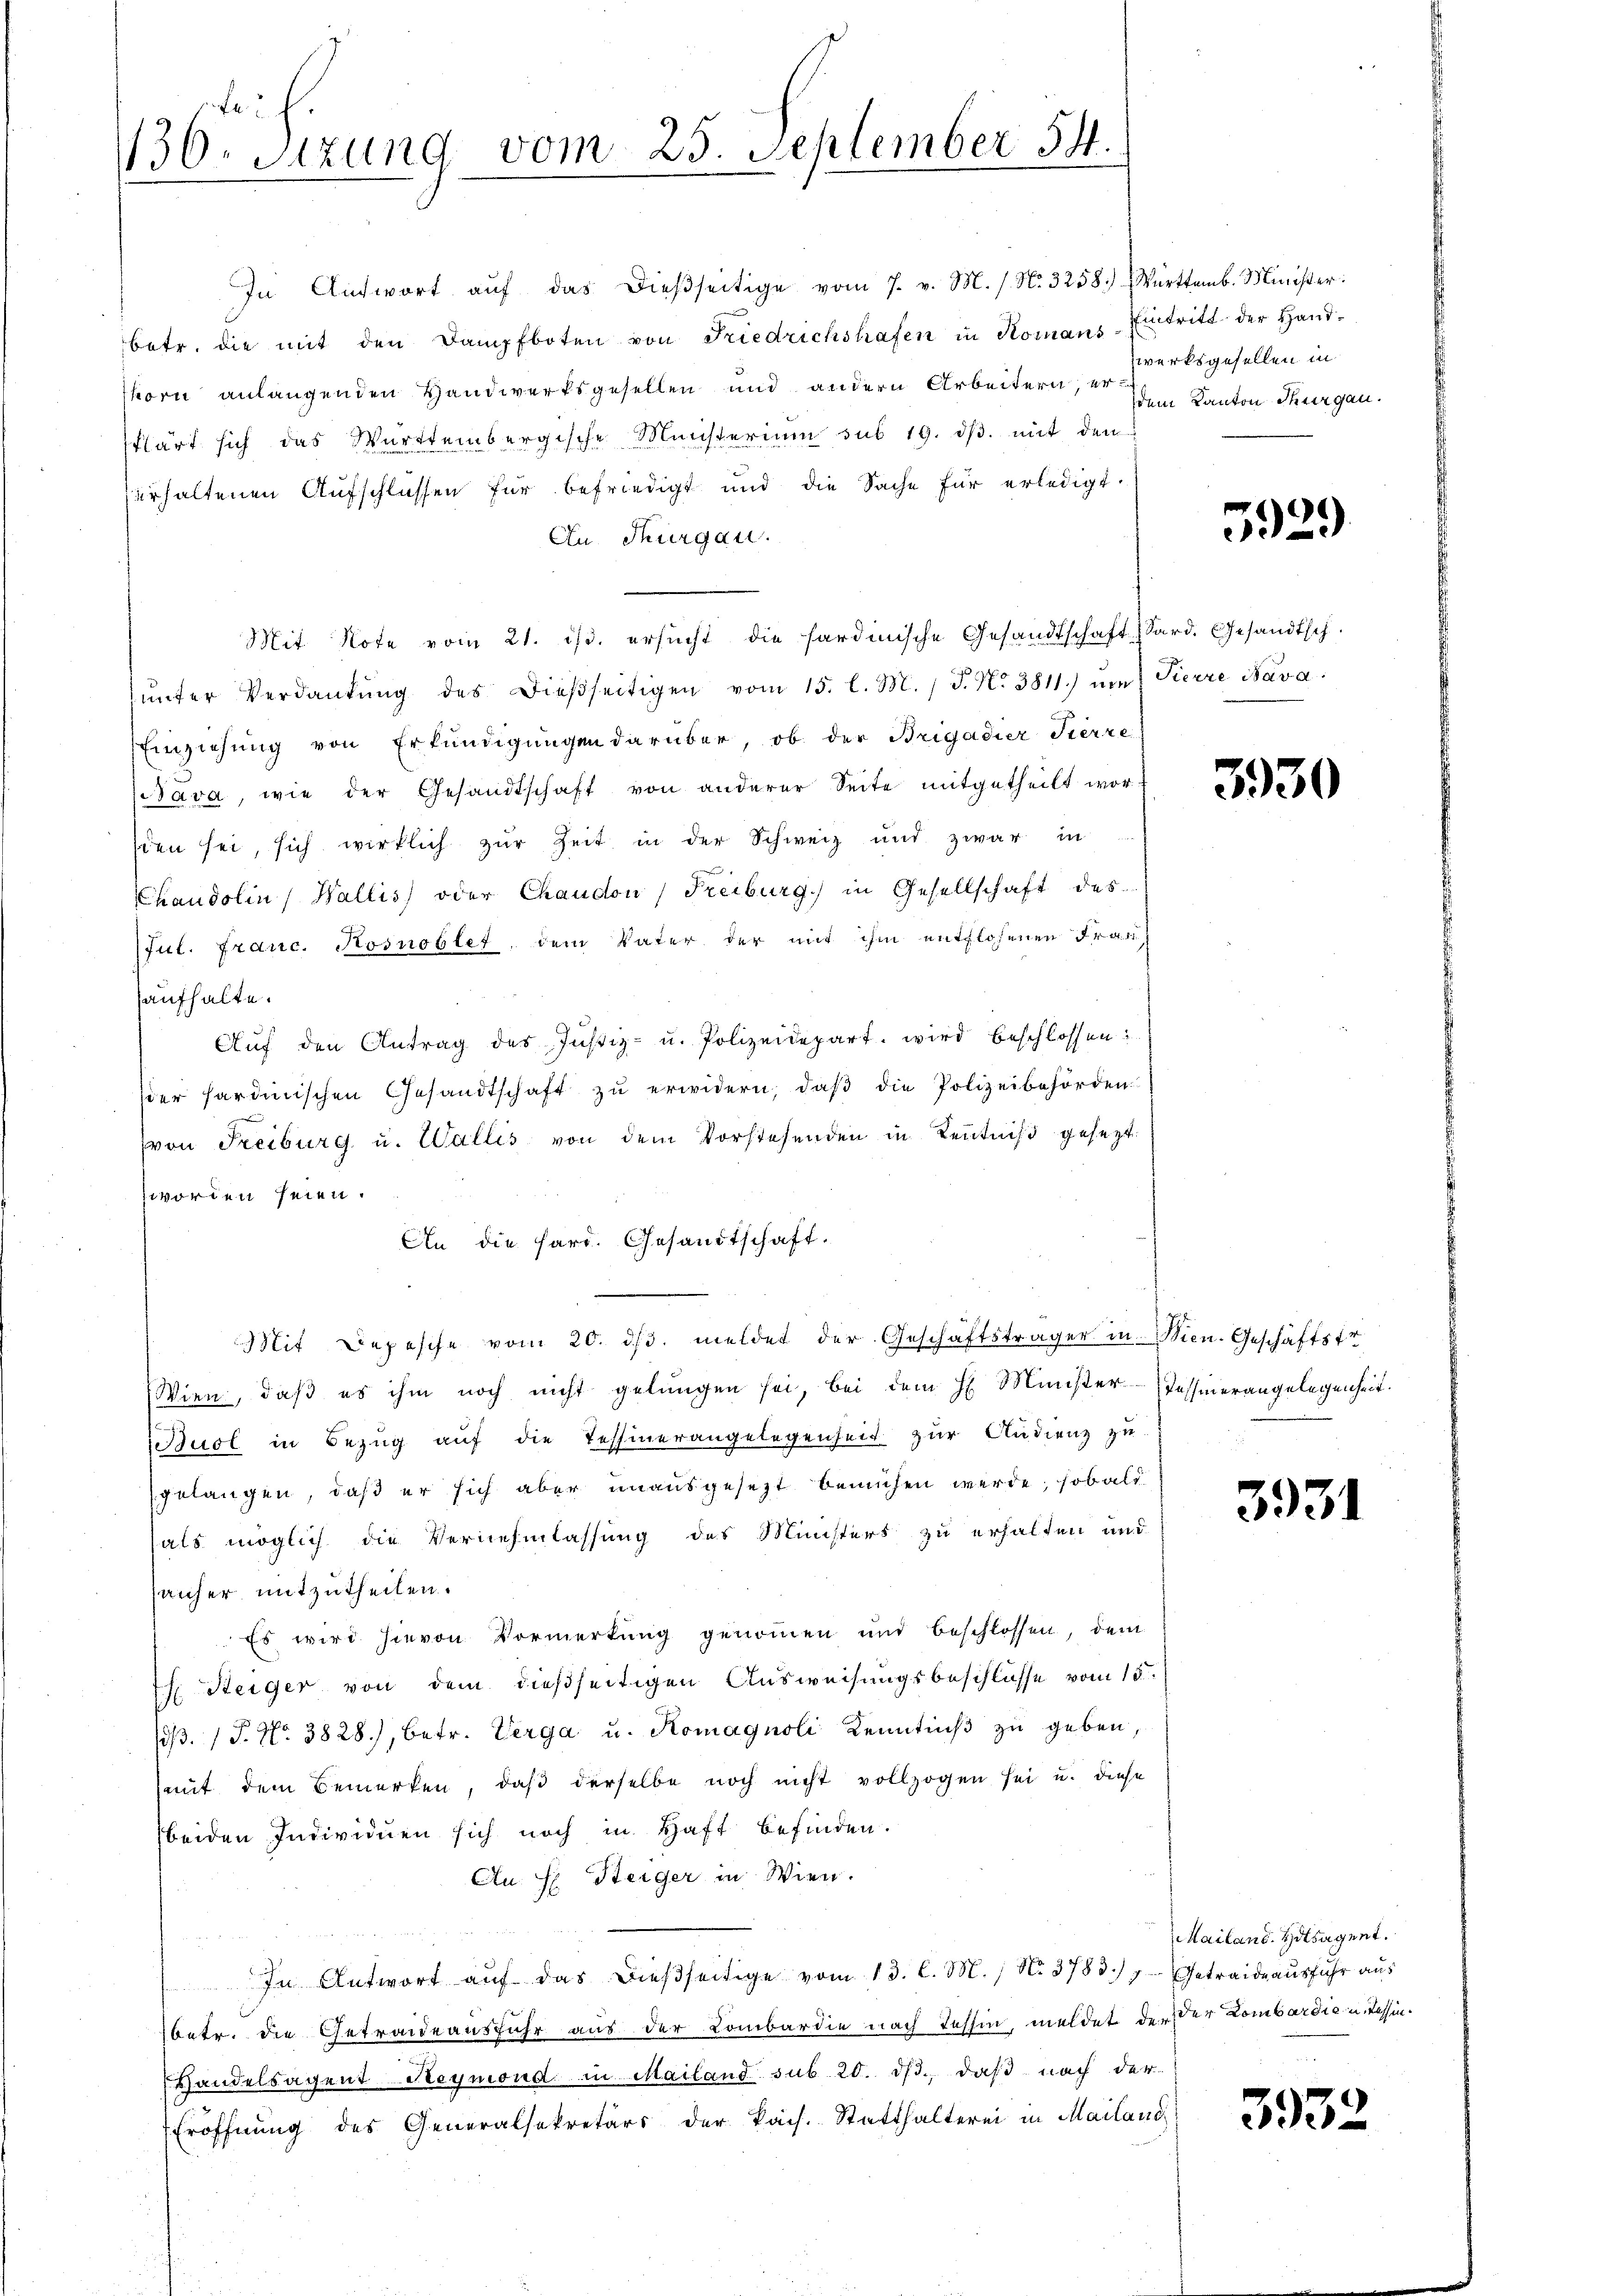
136. Sitzung vom 25. September 54.

betr. die mit den Dampfboten von Friedrichshafen in Komans-Eintritt der Hand-
shorn anlangenden Handwerksgesellen und andern Arbeitern, er dem Kanton Thurgau
klärt sich das Württembergische Ministerium sub 19. dβ. mit den
erhaltenen Aufschlüssen für befriedigt und die Sache für erledigt.
Au. Thurgau.
Mit Note vom 21. ist. ersŭcht die sardinische Gesandtschaft Sard. Gesandtsch.
ŭnter Verdankŭng des dieβseitigen vom 15. l. M. / J. N. 3811. ŭm Pierre Nava
Einziehung von Erkundigungen darüber, ob der Brigadier Tierre
Bava, wie der Gesandtschaft von anderer Seite mitgetheilt worsien sei, sich wirklich zŭr Zeit in der Schweiz und zwar in
Chandolin (Wallis, oder Chaudon) Freiburg) in Gesellschaft des
Jul. Franc. Hosnoblet, dem Vater der mit ihm entflohenen Frau,
aufhalte.
Aŭf den Antrag des Justiz- u. Polizeidepart wird beschlossen:
der sardinischen Gesandtschaft zŭ erwidern, daβ die Polizeibehörden
von Freiburg u. Wallis von dem Vorstehenden in Kenntniß gesezt.
worden seien.
An die fard. Gesandtschaft.
Mit Depesche vom 20. dβ. meldet der Geschäftsträger in Wien. Geschäftstr
Wien, daß es ihm noch nicht gelangen sei, bei dem H. Münster Tessinerangelegenheit.
uol in Bezug auf die Tessinerangelegenheit zur Audienz zu
gelangen, daß er sich aber unausgesezt bemühen werde, sobald
hals möglich die Vernehmlassung des Ministers zu erhalten und
anher mitzutheilen.
Es wird hievon Vormerkung genommen und beschlossen, dem
h. Steiger von dem dießseitigen Ausweisungsbeschlüsse vom 15.
oβ. (T. No. 3828), betr. Verga u. Komagnoli Kenntniß zu geben,
mit dem Bemerken, daß derselbe noch nicht vollzogen sei u. diese
beiden Individuen sich noch in Haft befinden.
An H. Steiger in Wien.
In Antwort aŭf das dießseitige vom 13. l. M., No. 3783.) Getraide aŭsführ aus
betr. die Getraideausfuhr aus der Lombardie nach Tessin, meldet der der Lombardie u. Tessin¬
Handelsagent Reymond in Mailand sub 20. dβ. daß nach der
Eröffnung des Generalsekretärs der kais. Statthalterei in Mailand,

In Antwort aŭf das dießseitige vom 7. v. M. / No. 3258.) Württemb. Minister:

zwerksgesellen in

5929

3930

3931

Mailand. Hilsagent.

3932